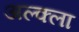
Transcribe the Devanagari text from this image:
अल्क्ला